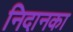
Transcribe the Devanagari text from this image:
निदानका